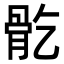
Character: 𩨘